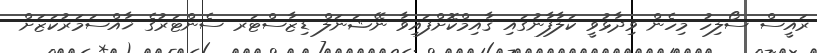
ރައީސް ސޯލިހު މިހެން ވިދާޅުވީ ކަލާފާނުގައި ޤާއިމްކޮށްފައިވާ ނޭޝަނަލް ޑިޒާސްޓަރ ސެންޓަރުގެ ޚާއްސަމަރުކަޒަށް